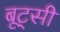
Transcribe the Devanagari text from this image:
बूट्सी